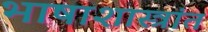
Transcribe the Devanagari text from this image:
भाषाशास्त्रांत